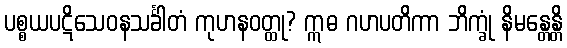
ပစ္စယပဋိသေဝနသင်္ခါတံ ကုဟနဝတ္ထု? ဣဓ ဂဟပတိကာ ဘိက္ခုံ နိမန္တေန္တိ